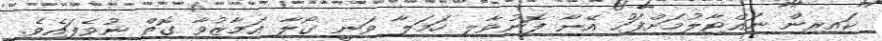
ކައިރިން ނައްޓާލުމަށްފަހު އޭނާ ފޮނުވާލި ހަމަލާ ވަނީ ގޯލާ އަމާޒުވާ ގޮތް ނުވެފައެވެ.